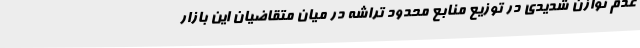
عدم توازن شدیدی در توزیع منابع محدود تراشه در میان متقاضیان این بازار